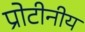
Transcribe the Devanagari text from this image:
प्रोटीनीय